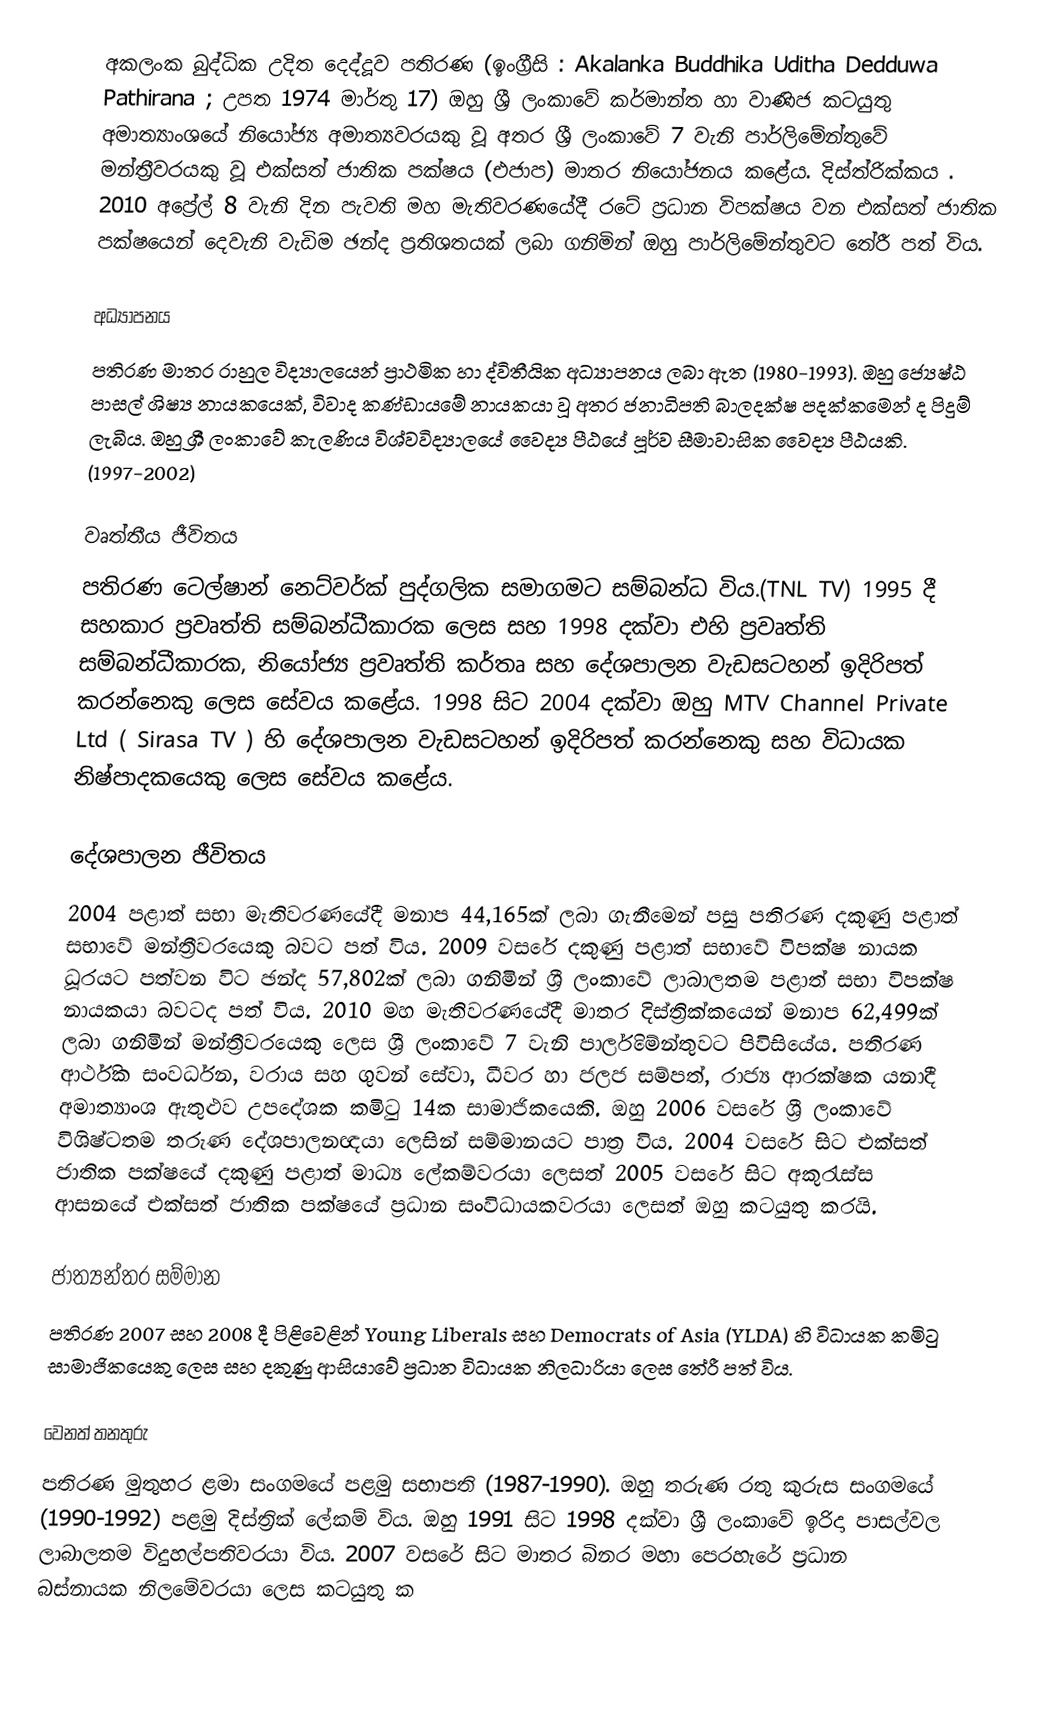
අකලංක බුද්ධික උදිත දෙද්දූව පතිරණ (ඉංග්‍රීසි : Akalanka Buddhika Uditha Dedduwa Pathirana ; උපත 1974 මාර්තු 17) ඔහු ශ්‍රී ලංකාවේ කර්මාන්ත හා වාණිජ කටයුතු අමාත්‍යාංශයේ  නියෝජ්‍ය අමාත්‍යවරයකු වූ අතර ශ්‍රී ලංකාවේ 7 වැනි පාර්ලිමේන්තුවේ  මන්ත්‍රීවරයකු වූ එක්සත් ජාතික පක්ෂය (එජාප) මාතර නියෝජනය කළේය. දිස්ත්රික්කය . 2010 අප්‍රේල් 8 වැනි දින පැවති මහ මැතිවරණයේදී රටේ ප්‍රධාන විපක්ෂය වන එක්සත් ජාතික පක්ෂයෙන් දෙවැනි වැඩිම ඡන්ද ප්‍රතිශතයක් ලබා ගනිමින් ඔහු පාර්ලිමේන්තුවට තේරී පත් විය.

අධ්‍යාපනය
පතිරණ මාතර රාහුල විද්‍යාලයෙන් ප්‍රාථමික හා ද්විතීයික අධ්‍යාපනය ලබා ඇත (1980-1993). ඔහු ජ්‍යෙෂ්ඨ පාසල් ශිෂ්‍ය නායකයෙක්, විවාද කණ්ඩායමේ නායකයා වූ අතර ජනාධිපති බාලදක්ෂ පදක්කමෙන් ද පිදුම් ලැබීය. ඔහු ශ්‍රී ලංකාවේ කැලණිය විශ්වවිද්‍යාලයේ වෛද්‍ය පීඨයේ පූර්ව සීමාවාසික වෛද්‍ය පීඨයකි. (1997-2002)

වෘත්තීය ජීවිතය
පතිරණ ටෙල්ෂාන් නෙට්වර්ක් පුද්ගලික සමාගමට සම්බන්ධ විය.(TNL TV) 1995 දී සහකාර ප්‍රවෘත්ති සම්බන්ධීකාරක ලෙස සහ 1998 දක්වා එහි ප්‍රවෘත්ති සම්බන්ධීකාරක, නියෝජ්‍ය ප්‍රවෘත්ති කර්තෘ සහ දේශපාලන වැඩසටහන් ඉදිරිපත් කරන්නෙකු ලෙස සේවය කළේය. 1998 සිට 2004 දක්වා ඔහු MTV Channel Private Ltd ( Sirasa TV ) හි දේශපාලන වැඩසටහන් ඉදිරිපත් කරන්නෙකු සහ විධායක නිෂ්පාදකයෙකු ලෙස සේවය කළේය.

දේශපාලන ජීවිතය
2004 පළාත් සභා මැතිවරණයේදී මනාප 44,165ක් ලබා ගැනීමෙන් පසු පතිරණ දකුණු පළාත් සභාවේ මන්ත්‍රීවරයෙකු බවට පත් විය. 2009 වසරේ දකුණු පළාත් සභාවේ විපක්ෂ නායක ධූරයට පත්වන විට ඡන්ද 57,802ක් ලබා ගනිමින් ශ්‍රී ලංකාවේ ලාබාලතම පළාත් සභා විපක්ෂ නායකයා බවටද පත් විය. 2010 මහ මැතිවරණයේදී මාතර දිස්ත්‍රික්කයෙන් මනාප 62,499ක් ලබා ගනිමින් මන්ත්‍රීවරයෙකු ලෙස ශ්‍රී ලංකාවේ 7 වැනි පාර්ලිමේන්තුවට පිවිසියේය. පතිරණ ආර්ථික සංවර්ධන, වරාය සහ ගුවන් සේවා, ධීවර හා ජලජ සම්පත්, රාජ්‍ය ආරක්ෂක යනාදී අමාත්‍යාංශ ඇතුළුව උපදේශක කමිටු 14ක සාමාජිකයෙකි. ඔහු 2006 වසරේ ශ්‍රී ලංකාවේ විශිෂ්ටතම තරුණ දේශපාලනඥයා ලෙසින් සම්මානයට පාත්‍ර විය. 2004 වසරේ සිට එක්සත් ජාතික පක්ෂයේ දකුණු පළාත් මාධ්‍ය ලේකම්වරයා ලෙසත් 2005 වසරේ සිට අකුරැස්ස ආසනයේ එක්සත් ජාතික පක්ෂයේ ප්‍රධාන සංවිධායකවරයා ලෙසත් ඔහු කටයුතු කරයි.

ජාත්‍යන්තර සම්මාන
පතිරණ 2007 සහ 2008 දී පිළිවෙළින් Young Liberals සහ Democrats of Asia (YLDA) හි විධායක කමිටු සාමාජිකයෙකු ලෙස සහ දකුණු ආසියාවේ ප්‍රධාන විධායක නිලධාරියා ලෙස තේරී පත් විය.

වෙනත් තනතුරු
පතිරණ මුතුහර ළමා සංගමයේ පළමු සභාපති (1987-1990). ඔහු තරුණ රතු කුරුස සංගමයේ (1990-1992) පළමු දිස්ත්‍රික් ලේකම් විය. ඔහු 1991 සිට 1998 දක්වා ශ්‍රී ලංකාවේ ඉරිදා පාසල්වල ලාබාලතම විදුහල්පතිවරයා විය. 2007 වසරේ සිට මාතර බිනර මහා පෙරහැරේ ප්‍රධාන බස්නායක නිලමේවරයා ලෙස කටයුතු ක